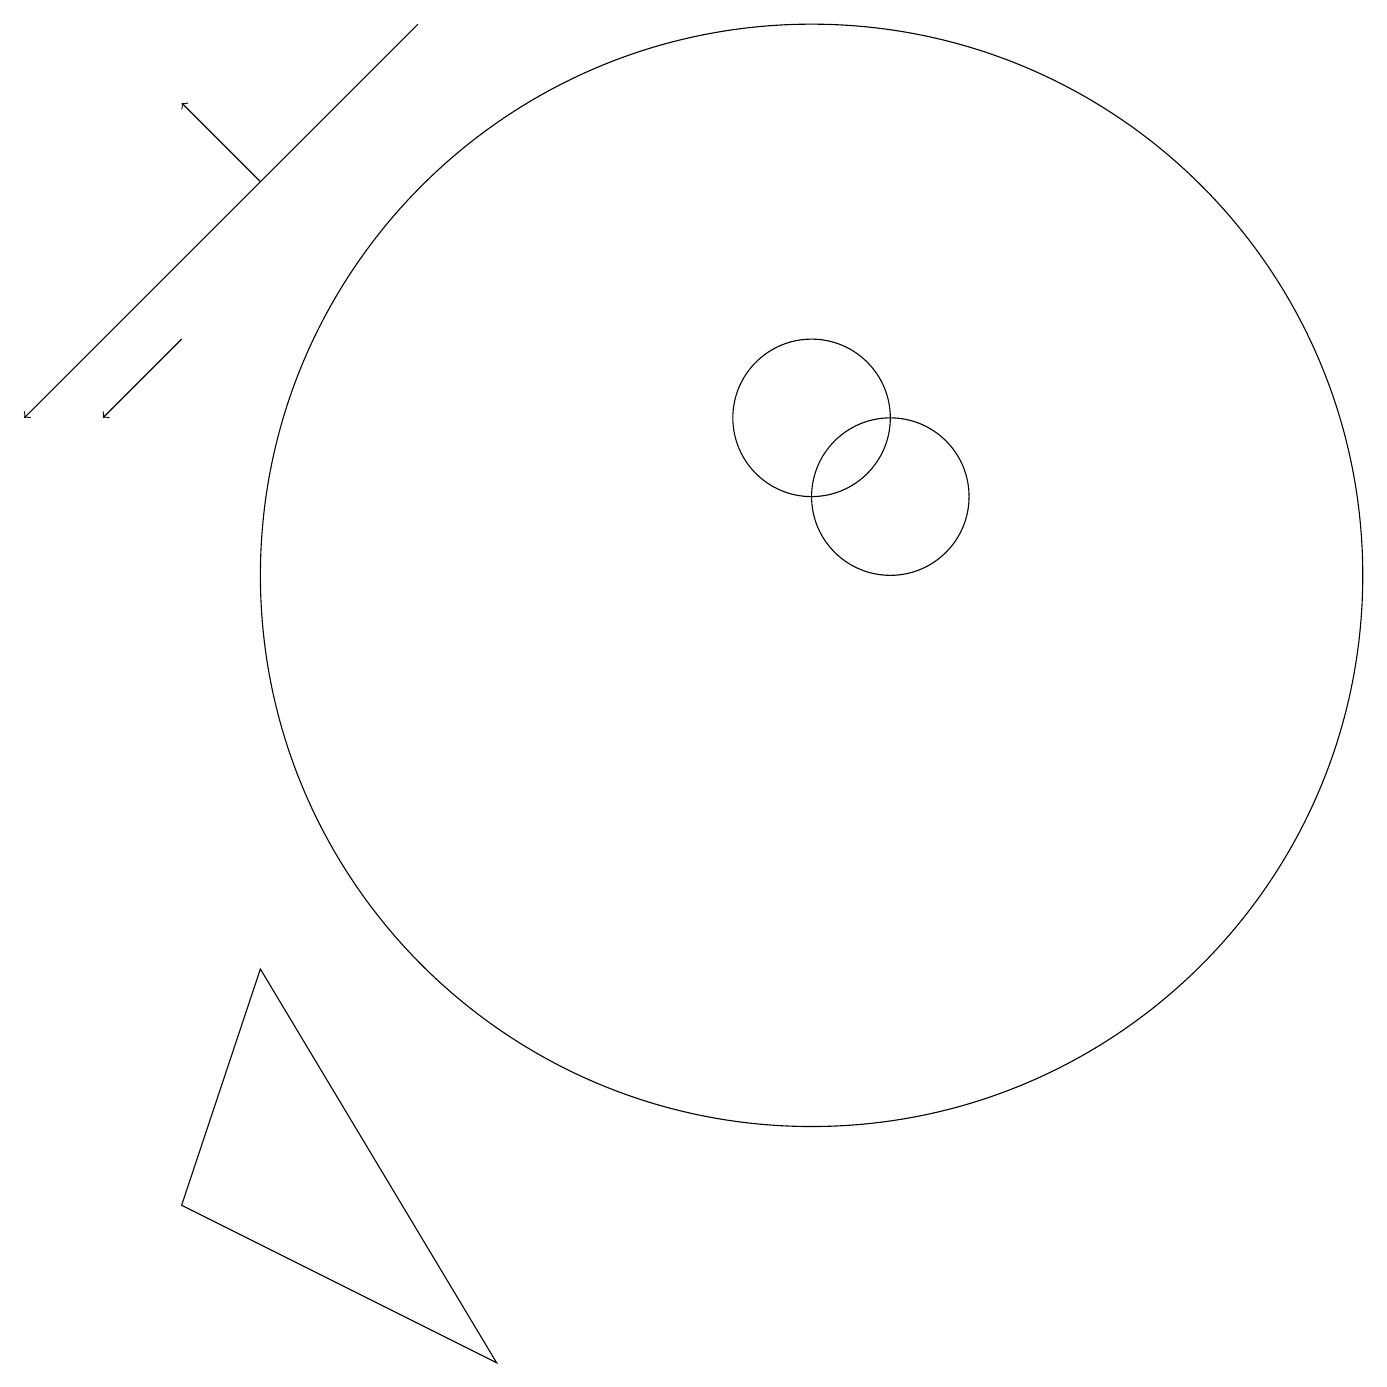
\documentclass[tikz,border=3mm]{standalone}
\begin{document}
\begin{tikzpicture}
\draw (10,10) circle (7);
\draw[->] (5,17) -- (0,12);
\draw (2,2) -- (6,0) -- (3,5) -- cycle;
\draw (11,11) circle (1);
\draw (10,12) circle (1);
\draw[->] (3,15) -- (2,16);
\draw[->] (2,13) -- (1,12);
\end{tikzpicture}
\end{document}